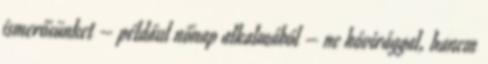
ismerősünket – például nőnap alkalmából – ne hóvirággal, hanem